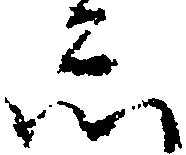
し